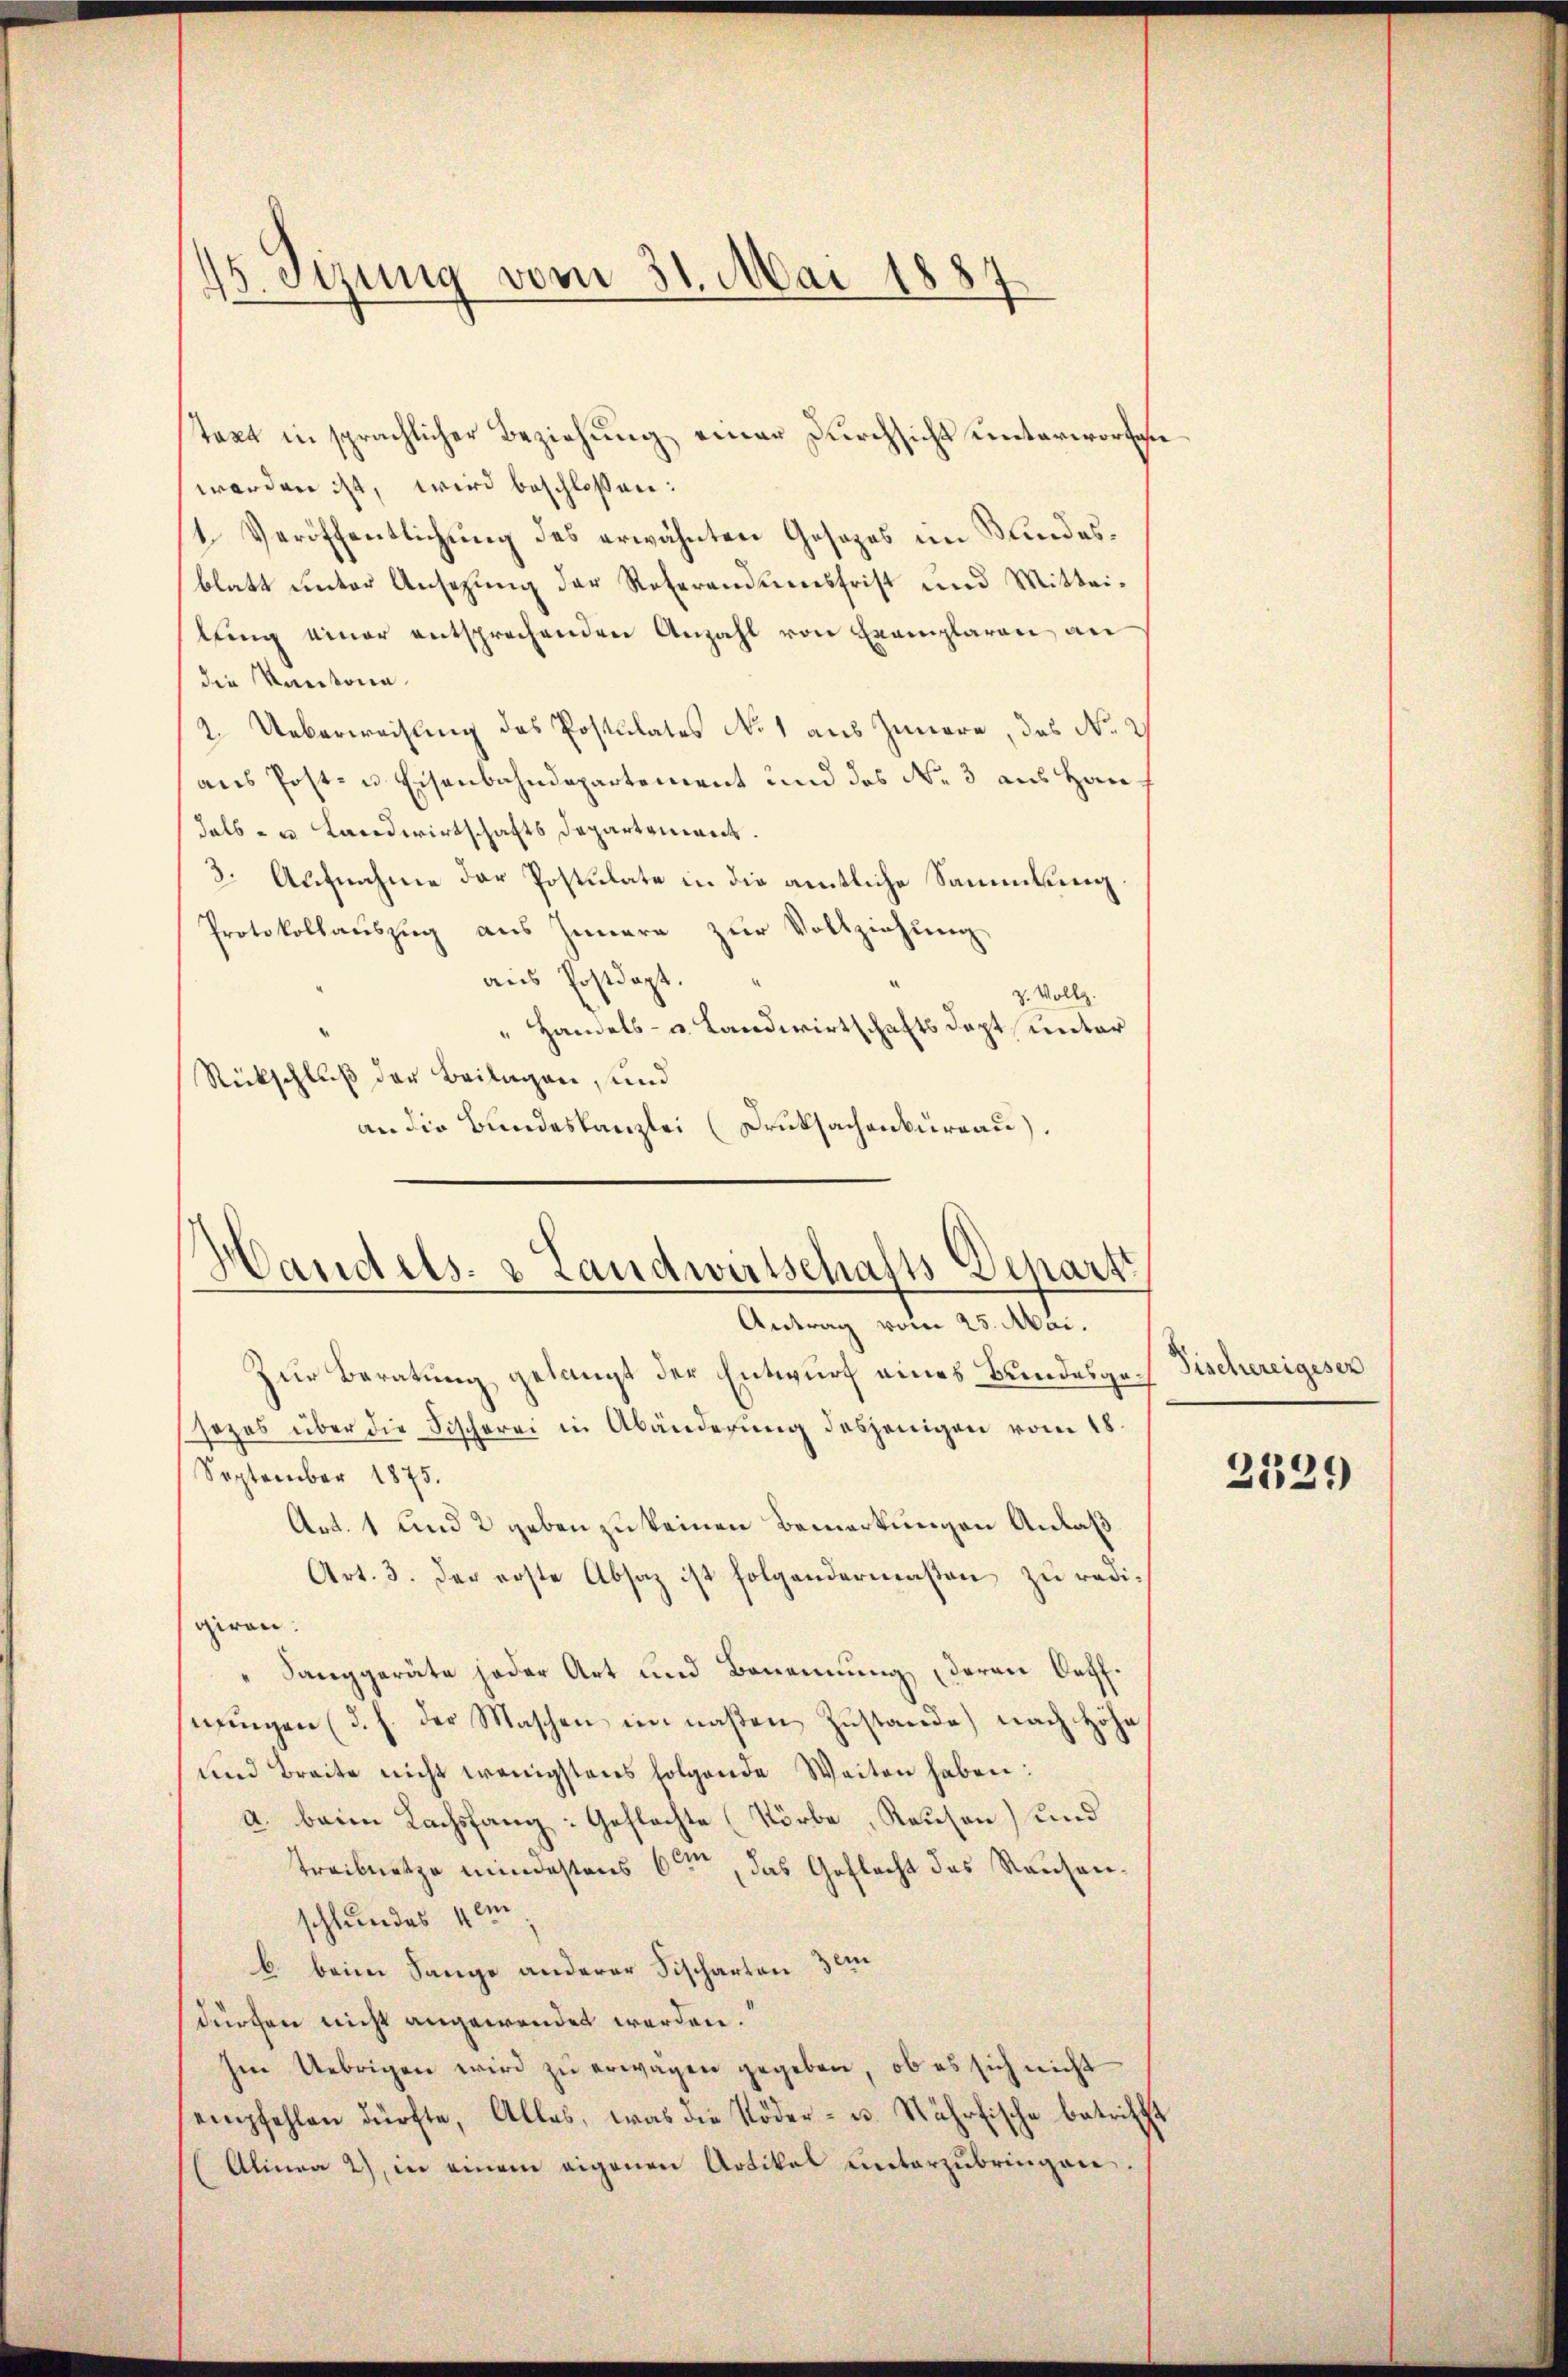
15. Sizung vom 31. Mai 1887
t

takt in sprachlicher Beziehung einer Durchsicht unterworfen
werden ist, wird beschloßen:
1. Veröffentlichung des erwähnten Gesezes im Kundesblatt unter Ansehung der Referandumsfrist und Mitteilŭng einer entsprechenden Anzahl von Exemplaren an
die Kantona
2. Ueberweisung des Postulates No 1 aus Innere, das No. 2
aus Post- u Eisenbahndepartement und des N. 3 aus Han
halb- u Landwirtschafts Departement.
3. Aufnahme der Postulate in die amtliche Sammlung.
Protokollauszug aus Innern zur Vollziehung
aus Postdept.
z. Vollz
 Handels- u. Landwirtschaftsdept, unter
Rückschluß der Beilagen, und
an die Bundeskanzlei (Druksachenburgau).

Handels- & Landwirtschafts-Depart
Antrag vom 25. Mai.

Zur Beratung gelangt der Entwurf eines Bundesgech
sezes über die Fischerei in Abänderung desjenigen vom 18.
September 1875.
Art. 1 und 2 geben zu keinen Bemerkungen Anlaß.
Art. 3. der erste Absaz ist folgendermaßen zu redigiren.
"Sanggeräte jeder Art und Benennung deren Oeff.
nŭngen (d. h. der Maschen in naßen Zustande) nach Höhe
und Breite nicht wenigstens folgende Weiten haben:
a. beim Lachsfang: Geflachte (Körbe „Rausen) und
Treibnetze mindestens 6ten, das Geflacht des Rauhanschlundes 4 m
b. beim Lange anderer Fischarten dem
dürchen nicht angewenden werden.
Im Uebrigen wird zu erwagen gegeben, ob es sich nicht
empfehlen dürfte, Alles, was die Töder- u. Nährfische betrifft
(Alinea 2) in einem eigenen Artikel unterzŭbringen.

Fischereigesen

2129